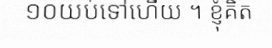
១០យប់ទៅហើយ ។ ខ្ញុំគិត